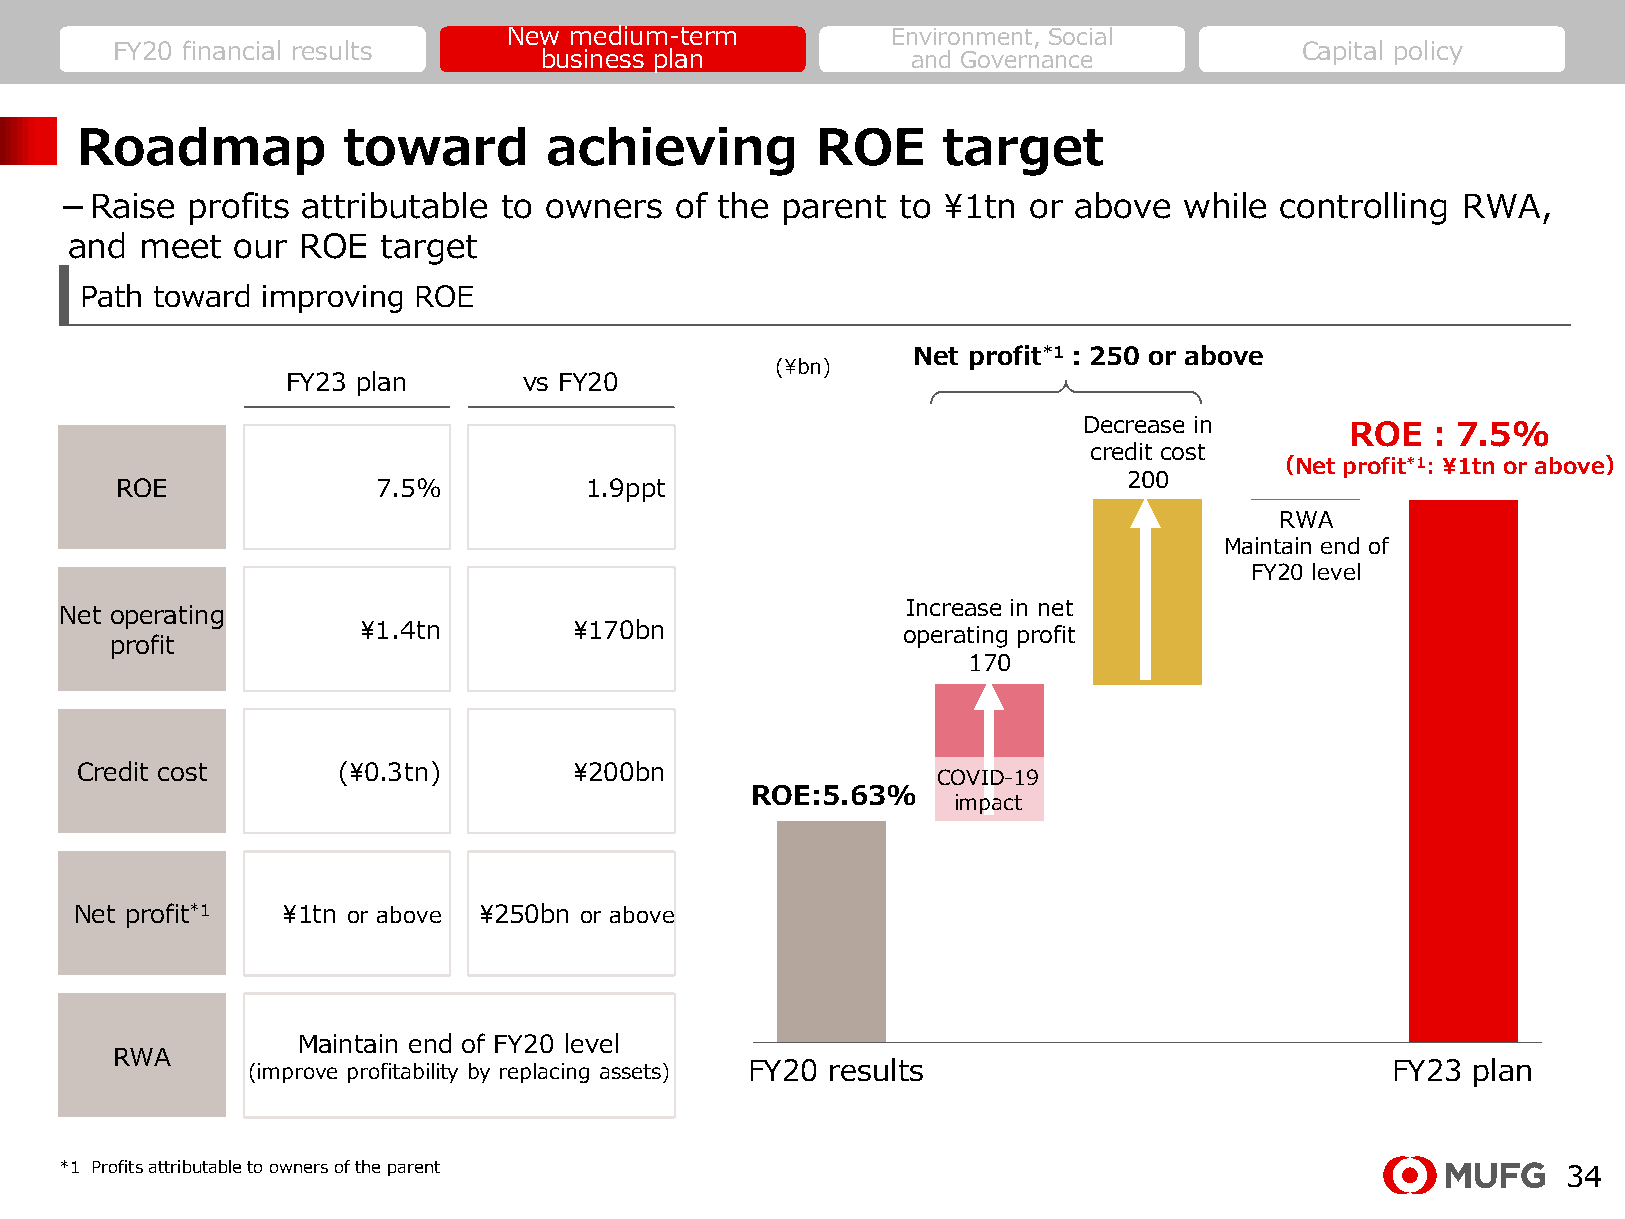
New medium-term          Environment, Social
 FY20 financial results                                                         Capital policy
 business plan           and Governance
 Roadmap           toward       achieving         ROE     target
 －Raise  profits attributable to owners   of the parent  to ¥1tn or above  while  controlling RWA,
 and  meet  our  ROE  target
 Path toward improving ROE
 Net profit*1：250 or above
 (¥bn)
 FY23 plan       vs FY20
 Decrease in
 ROE：7.5%
 credit cost
 （Net profit*1: ¥1tn or above）
 200
 ROE              7.5%          1.9ppt
 RWA
 Maintain end of
 FY20 level
 Increase in net
 Net operating
 ¥1.4tn        ¥170bn                operating profit
 profit
 170
 Credit cost      (¥0.3tn)        ¥200bn                  COVID-19
 ROE:5.63%
 impact
 Net profit*1  ¥1tn or above ¥250bn or above
 Maintain end of FY20 level
 RWA
 (improve profitability by replacing assets) FY20 results                    FY23  plan
 20年度実績        粗利      与信費用      RWA増減     23年度計画
 *1 Profits attributable to owners of the parent
 34